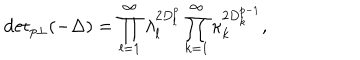
{ \det } _ { p \perp } ( - \Delta ) = \prod _ { l = 1 } ^ { \infty } \lambda _ { l } ^ { 2 D _ { l } ^ { p } } \prod _ { k = 1 } ^ { \infty } \kappa _ { k } ^ { 2 D _ { k } ^ { p - 1 } } ,